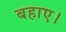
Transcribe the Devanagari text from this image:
बहाए।